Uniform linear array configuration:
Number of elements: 16
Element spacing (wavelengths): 0.75
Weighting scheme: kaiser
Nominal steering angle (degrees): -60
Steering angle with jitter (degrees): -59.461
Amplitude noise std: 0.05
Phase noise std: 0.05

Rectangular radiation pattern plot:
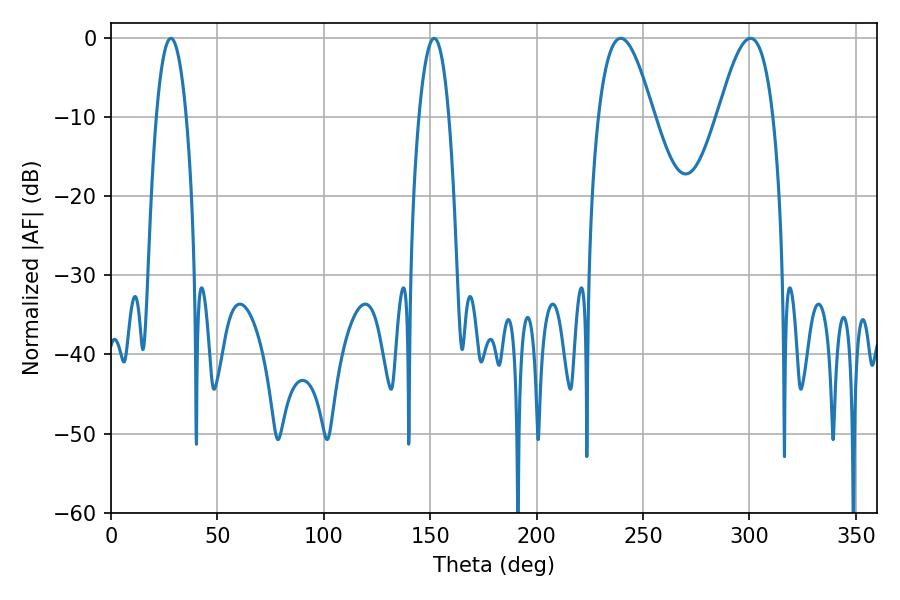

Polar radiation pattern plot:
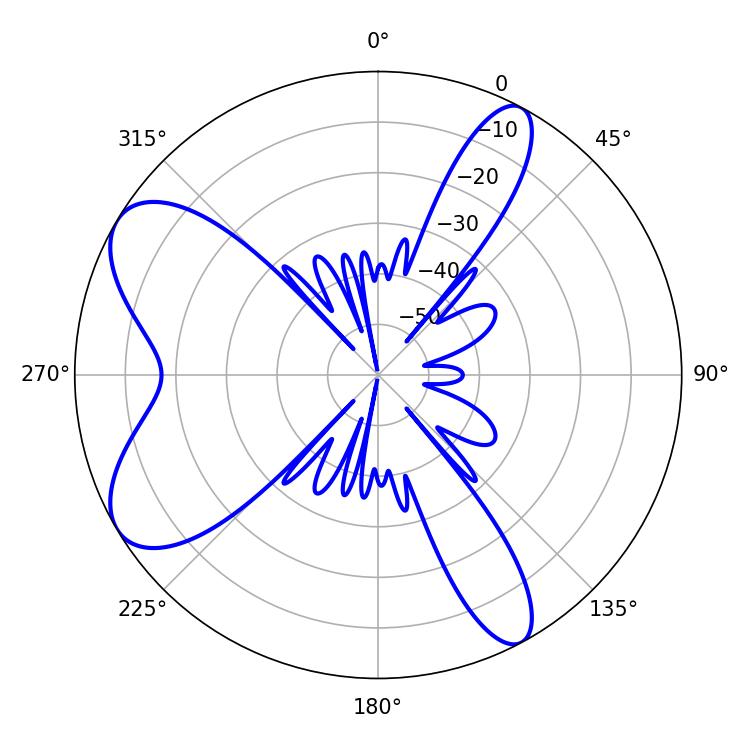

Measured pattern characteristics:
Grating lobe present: TRUE
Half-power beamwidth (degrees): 14.04
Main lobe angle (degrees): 239.58